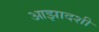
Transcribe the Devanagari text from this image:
आझादशी